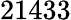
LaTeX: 21433